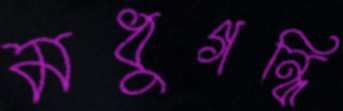
মধুগন্ধি